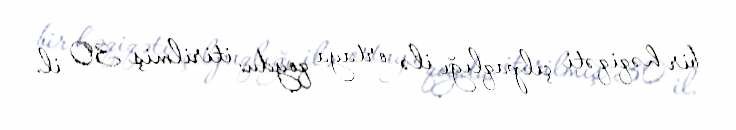
bir həqiqəti çılpaqlığı ilə ortaya qoydu: itirilmiş 30 il.